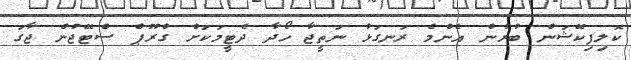
ކޮލިފިކޭޝަން ބުރުން އެންމެ ރަނގަޅު ނަތީޖާ ހޯދާ ދެޓީމަކަށް ގްރޫޕް ސްޓޭޖުން ޖާގަ